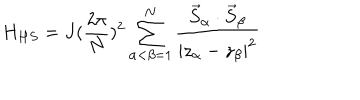
LaTeX: H _ { H S } = J ( \frac { 2 \pi } { N } ) ^ { 2 } \sum _ { \alpha < \beta = 1 } ^ { N } \frac { \vec { S } _ { \alpha } \cdot \vec { S } _ { \beta } } { | z _ { \alpha } - z _ { \beta } | ^ { 2 } }